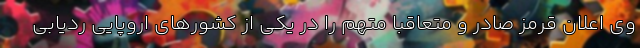
وی اعلان قرمز صادر و متعاقباً متهم را در یکی از کشورهای اروپایی ردیابی